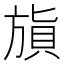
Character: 𣄌